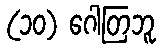
(၁၀) ဂေါတြဘူ